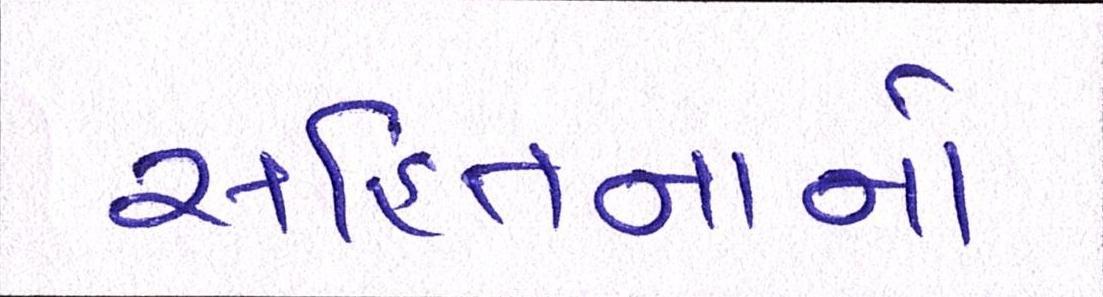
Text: સહિતનાનો